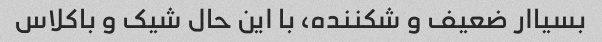
بسیاار ضعیف و شکننده، با این حال شیک و باکلاس